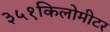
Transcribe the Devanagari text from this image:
३५१किलोमीटर